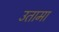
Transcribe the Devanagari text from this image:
उतामा